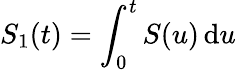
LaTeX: S_{1}(t)=\int_{0}^{t}S(u)\, \mathrm{d}u